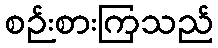
စဉ်းစားကြသည်